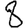
Digit: 8